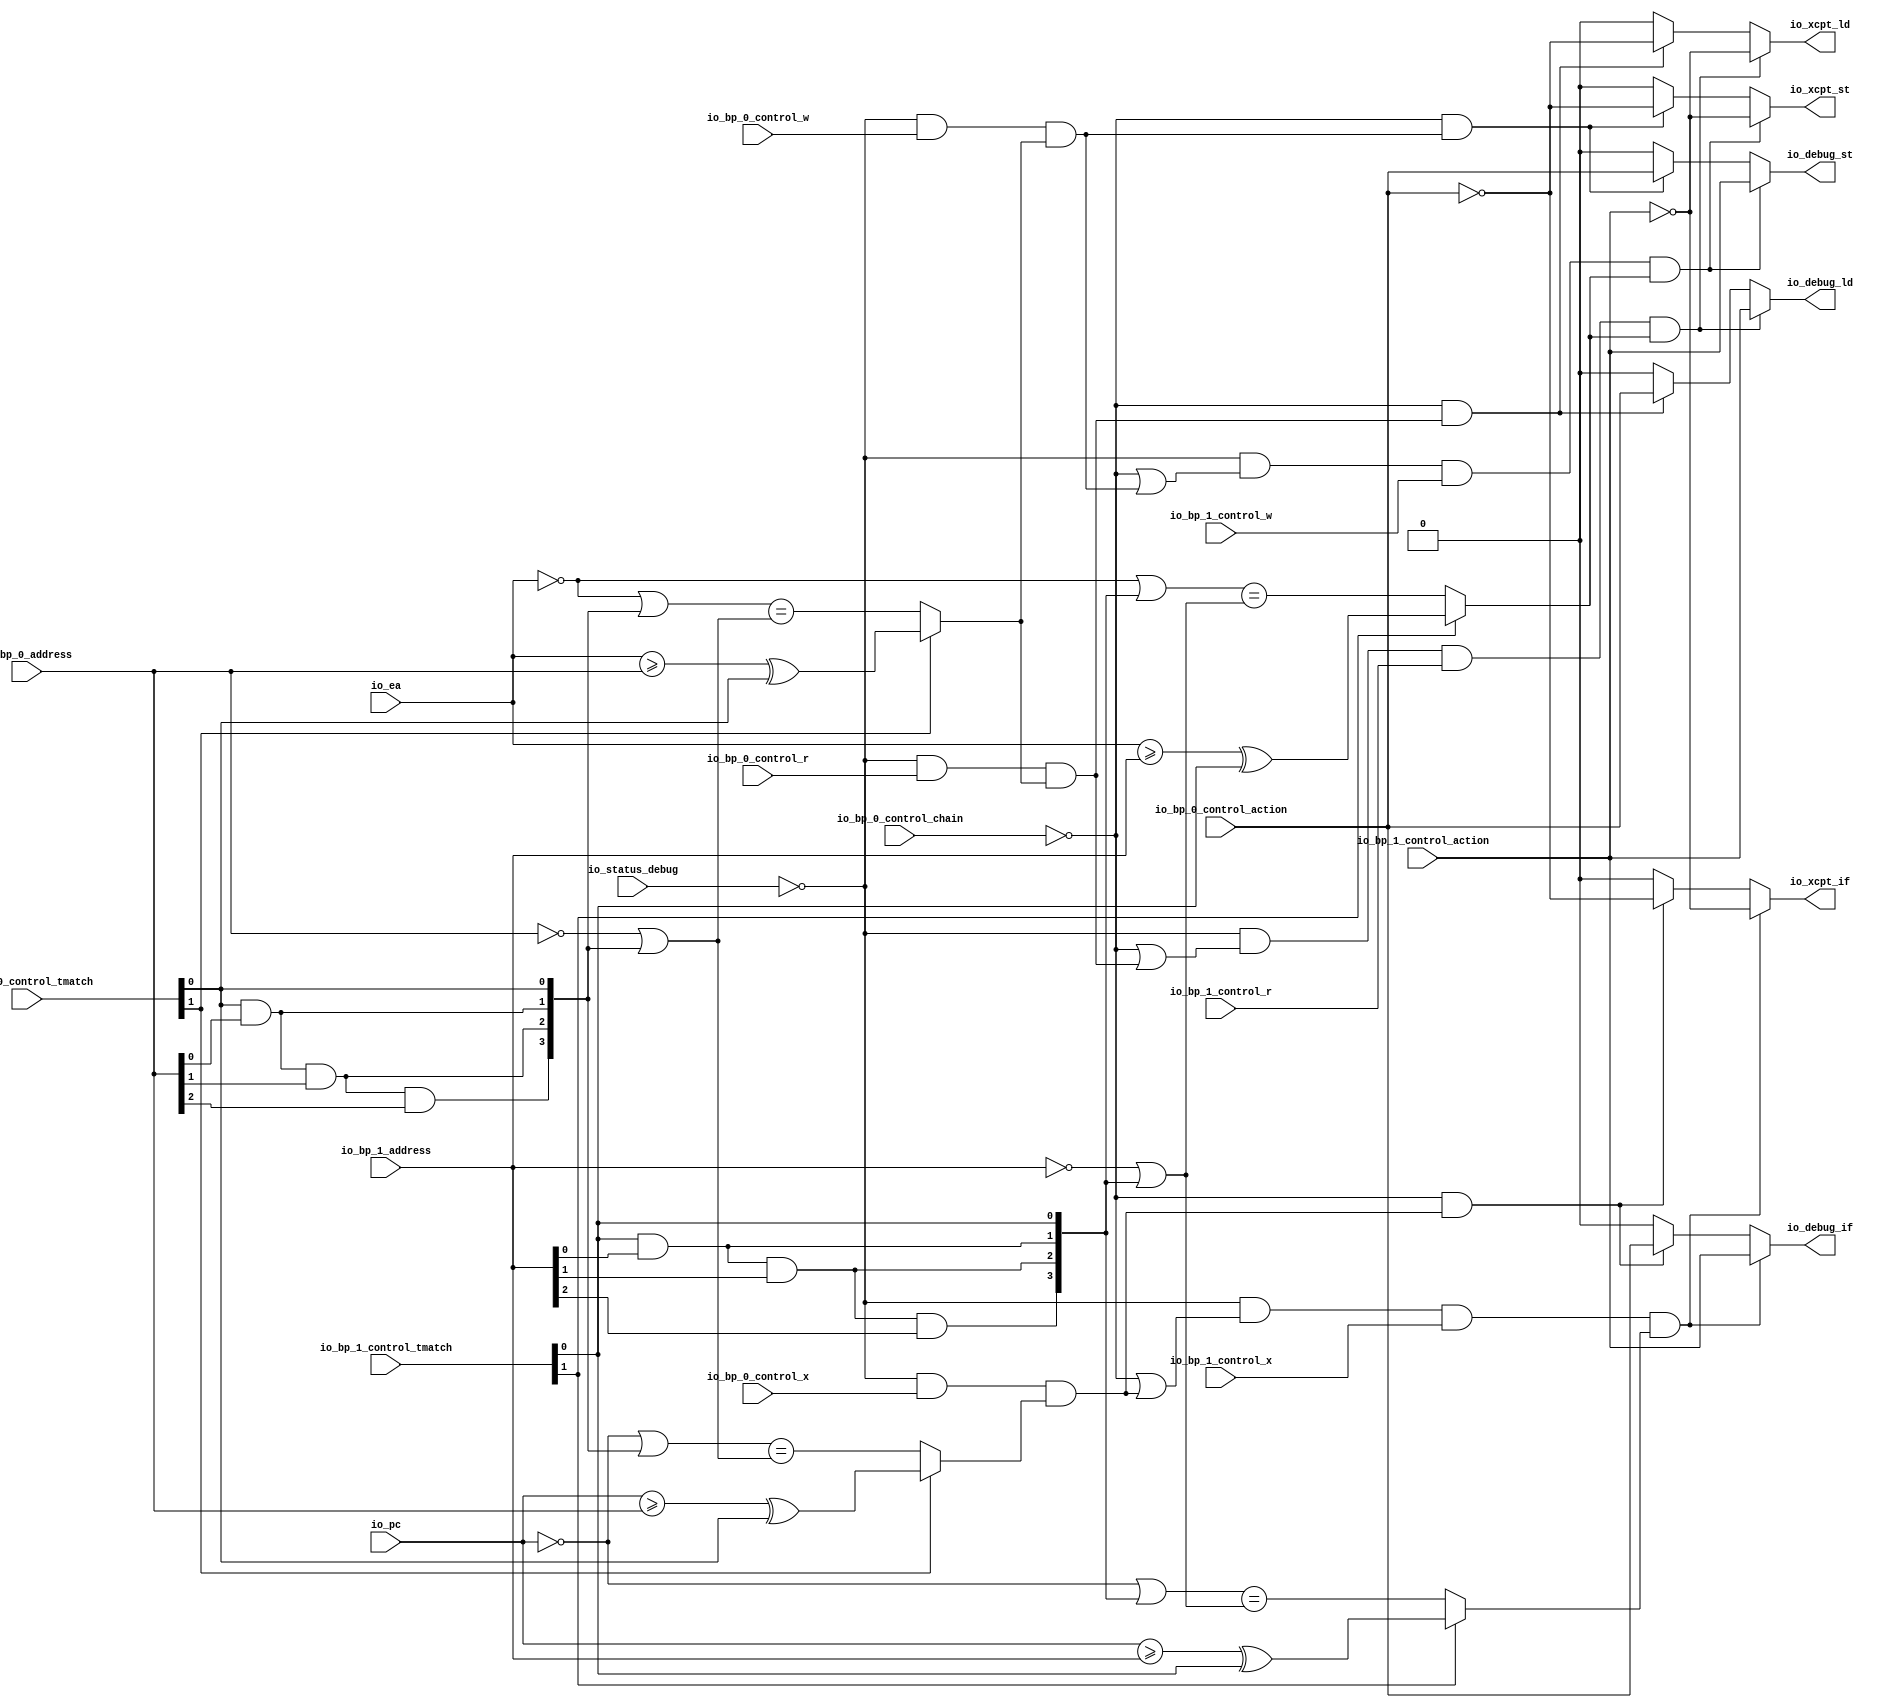
// Copyright (c) 2017, Microsemi Corporation
// All rights reserved.
//
// Redistribution and use in source and binary forms, with or without
// modification, are permitted provided that the following conditions are met:
//     * Redistributions of source code must retain the above copyright
//       notice, this list of conditions and the following disclaimer.
//     * Redistributions in binary form must reproduce the above copyright
//       notice, this list of conditions and the following disclaimer in the
//       documentation and/or other materials provided with the distribution.
//     * Neither the name of the <organization> nor the
//       names of its contributors may be used to endorse or promote products
//       derived from this software without specific prior written permission.
//
// THIS SOFTWARE IS PROVIDED BY THE COPYRIGHT HOLDERS AND CONTRIBUTORS "AS IS" AND
// ANY EXPRESS OR IMPLIED WARRANTIES, INCLUDING, BUT NOT LIMITED TO, THE IMPLIED
// WARRANTIES OF MERCHANTABILITY AND FITNESS FOR A PARTICULAR PURPOSE ARE
// DISCLAIMED. IN NO EVENT SHALL MICROSEMI CORPORATIONM BE LIABLE FOR ANY
// DIRECT, INDIRECT, INCIDENTAL, SPECIAL, EXEMPLARY, OR CONSEQUENTIAL DAMAGES
// (INCLUDING, BUT NOT LIMITED TO, PROCUREMENT OF SUBSTITUTE GOODS OR SERVICES;
// LOSS OF USE, DATA, OR PROFITS; OR BUSINESS INTERRUPTION) HOWEVER CAUSED AND
// ON ANY THEORY OF LIABILITY, WHETHER IN CONTRACT, STRICT LIABILITY, OR TORT
// (INCLUDING NEGLIGENCE OR OTHERWISE) ARISING IN ANY WAY OUT OF THE USE OF THIS
// SOFTWARE, EVEN IF ADVISED OF THE POSSIBILITY OF SUCH DAMAGE.
//
// APACHE LICENSE
// Copyright (c) 2017, Microsemi Corporation 
//
// Licensed under the Apache License, Version 2.0 (the "License");
// you may not use this file except in compliance with the License.
// You may obtain a copy of the License at
//
//    http://www.apache.org/licenses/LICENSE-2.0
//
// Unless required by applicable law or agreed to in writing, software
// distributed under the License is distributed on an "AS IS" BASIS,
// WITHOUT WARRANTIES OR CONDITIONS OF ANY KIND, either express or implied.
// See the License for the specific language governing permissions and
// limitations under the License.
//
// Description:
//
// SVN Revision Information:
// SVN $Revision: $
// SVN $Date: $
//
// Resolved SARs
// SAR      Date     Who   Description
//
// Notes:
//
// ****************************************************************************/
`ifndef RANDOMIZE_REG_INIT 
	 `define RANDOMIZE_REG_INIT 
 `endif
`ifndef RANDOMIZE_MEM_INIT 
	 `define RANDOMIZE_MEM_INIT 
 `endif
`ifndef RANDOMIZE 
	 `define RANDOMIZE 
`endif

`timescale 1ns/10ps
module MiV_Core32_MiV_Core32_0_MIV_RV32IMA_L1_AHB_BREAKPOINT_UNIT( // @[:freechips.rocketchip.system.MivRV32ImaL1AhbConfig.fir@108655.2]
  input         io_status_debug, // @[:freechips.rocketchip.system.MivRV32ImaL1AhbConfig.fir@108658.4]
  input         io_bp_0_control_action, // @[:freechips.rocketchip.system.MivRV32ImaL1AhbConfig.fir@108658.4]
  input         io_bp_0_control_chain, // @[:freechips.rocketchip.system.MivRV32ImaL1AhbConfig.fir@108658.4]
  input  [1:0]  io_bp_0_control_tmatch, // @[:freechips.rocketchip.system.MivRV32ImaL1AhbConfig.fir@108658.4]
  input         io_bp_0_control_x, // @[:freechips.rocketchip.system.MivRV32ImaL1AhbConfig.fir@108658.4]
  input         io_bp_0_control_w, // @[:freechips.rocketchip.system.MivRV32ImaL1AhbConfig.fir@108658.4]
  input         io_bp_0_control_r, // @[:freechips.rocketchip.system.MivRV32ImaL1AhbConfig.fir@108658.4]
  input  [31:0] io_bp_0_address, // @[:freechips.rocketchip.system.MivRV32ImaL1AhbConfig.fir@108658.4]
  input         io_bp_1_control_action, // @[:freechips.rocketchip.system.MivRV32ImaL1AhbConfig.fir@108658.4]
  input  [1:0]  io_bp_1_control_tmatch, // @[:freechips.rocketchip.system.MivRV32ImaL1AhbConfig.fir@108658.4]
  input         io_bp_1_control_x, // @[:freechips.rocketchip.system.MivRV32ImaL1AhbConfig.fir@108658.4]
  input         io_bp_1_control_w, // @[:freechips.rocketchip.system.MivRV32ImaL1AhbConfig.fir@108658.4]
  input         io_bp_1_control_r, // @[:freechips.rocketchip.system.MivRV32ImaL1AhbConfig.fir@108658.4]
  input  [31:0] io_bp_1_address, // @[:freechips.rocketchip.system.MivRV32ImaL1AhbConfig.fir@108658.4]
  input  [31:0] io_pc, // @[:freechips.rocketchip.system.MivRV32ImaL1AhbConfig.fir@108658.4]
  input  [31:0] io_ea, // @[:freechips.rocketchip.system.MivRV32ImaL1AhbConfig.fir@108658.4]
  output        io_xcpt_if, // @[:freechips.rocketchip.system.MivRV32ImaL1AhbConfig.fir@108658.4]
  output        io_xcpt_ld, // @[:freechips.rocketchip.system.MivRV32ImaL1AhbConfig.fir@108658.4]
  output        io_xcpt_st, // @[:freechips.rocketchip.system.MivRV32ImaL1AhbConfig.fir@108658.4]
  output        io_debug_if, // @[:freechips.rocketchip.system.MivRV32ImaL1AhbConfig.fir@108658.4]
  output        io_debug_ld, // @[:freechips.rocketchip.system.MivRV32ImaL1AhbConfig.fir@108658.4]
  output        io_debug_st // @[:freechips.rocketchip.system.MivRV32ImaL1AhbConfig.fir@108658.4]
);
  wire  _T_28; // @[Breakpoint.scala 30:35:freechips.rocketchip.system.MivRV32ImaL1AhbConfig.fir@108669.4]
  wire [3:0] _T_32; // @[Breakpoint.scala 30:68:freechips.rocketchip.system.MivRV32ImaL1AhbConfig.fir@108673.4]
  wire  _T_33; // @[Breakpoint.scala 30:68:freechips.rocketchip.system.MivRV32ImaL1AhbConfig.fir@108674.4]
  wire  _T_34; // @[Breakpoint.scala 30:50:freechips.rocketchip.system.MivRV32ImaL1AhbConfig.fir@108675.4]
  wire  _T_36; // @[Breakpoint.scala 73:22:freechips.rocketchip.system.MivRV32ImaL1AhbConfig.fir@108677.4]
  wire  _T_37; // @[Breakpoint.scala 47:23:freechips.rocketchip.system.MivRV32ImaL1AhbConfig.fir@108678.4]
  wire  _T_38; // @[Breakpoint.scala 44:8:freechips.rocketchip.system.MivRV32ImaL1AhbConfig.fir@108679.4]
  wire  _T_39; // @[Breakpoint.scala 44:36:freechips.rocketchip.system.MivRV32ImaL1AhbConfig.fir@108680.4]
  wire  _T_40; // @[Breakpoint.scala 44:20:freechips.rocketchip.system.MivRV32ImaL1AhbConfig.fir@108681.4]
  wire [31:0] _T_41; // @[Breakpoint.scala 41:6:freechips.rocketchip.system.MivRV32ImaL1AhbConfig.fir@108682.4]
  wire  _T_43; // @[Breakpoint.scala 38:83:freechips.rocketchip.system.MivRV32ImaL1AhbConfig.fir@108684.4]
  wire  _T_44; // @[Breakpoint.scala 38:73:freechips.rocketchip.system.MivRV32ImaL1AhbConfig.fir@108685.4]
  wire  _T_45; // @[Breakpoint.scala 38:83:freechips.rocketchip.system.MivRV32ImaL1AhbConfig.fir@108686.4]
  wire  _T_46; // @[Breakpoint.scala 38:73:freechips.rocketchip.system.MivRV32ImaL1AhbConfig.fir@108687.4]
  wire  _T_47; // @[Breakpoint.scala 38:83:freechips.rocketchip.system.MivRV32ImaL1AhbConfig.fir@108688.4]
  wire  _T_48; // @[Breakpoint.scala 38:73:freechips.rocketchip.system.MivRV32ImaL1AhbConfig.fir@108689.4]
  wire [1:0] _T_49; // @[Cat.scala 30:58:freechips.rocketchip.system.MivRV32ImaL1AhbConfig.fir@108690.4]
  wire [1:0] _T_50; // @[Cat.scala 30:58:freechips.rocketchip.system.MivRV32ImaL1AhbConfig.fir@108691.4]
  wire [3:0] _T_51; // @[Cat.scala 30:58:freechips.rocketchip.system.MivRV32ImaL1AhbConfig.fir@108692.4]
  wire [31:0] _GEN_12; // @[Breakpoint.scala 41:9:freechips.rocketchip.system.MivRV32ImaL1AhbConfig.fir@108693.4]
  wire [31:0] _T_52; // @[Breakpoint.scala 41:9:freechips.rocketchip.system.MivRV32ImaL1AhbConfig.fir@108693.4]
  wire [31:0] _T_53; // @[Breakpoint.scala 41:24:freechips.rocketchip.system.MivRV32ImaL1AhbConfig.fir@108694.4]
  wire [31:0] _T_64; // @[Breakpoint.scala 41:33:freechips.rocketchip.system.MivRV32ImaL1AhbConfig.fir@108705.4]
  wire  _T_65; // @[Breakpoint.scala 41:19:freechips.rocketchip.system.MivRV32ImaL1AhbConfig.fir@108706.4]
  wire  _T_66; // @[Breakpoint.scala 47:8:freechips.rocketchip.system.MivRV32ImaL1AhbConfig.fir@108707.4]
  wire  _T_67; // @[Breakpoint.scala 73:38:freechips.rocketchip.system.MivRV32ImaL1AhbConfig.fir@108708.4]
  wire  _T_69; // @[Breakpoint.scala 74:22:freechips.rocketchip.system.MivRV32ImaL1AhbConfig.fir@108710.4]
  wire  _T_100; // @[Breakpoint.scala 74:38:freechips.rocketchip.system.MivRV32ImaL1AhbConfig.fir@108741.4]
  wire  _T_102; // @[Breakpoint.scala 75:22:freechips.rocketchip.system.MivRV32ImaL1AhbConfig.fir@108743.4]
  wire  _T_104; // @[Breakpoint.scala 44:8:freechips.rocketchip.system.MivRV32ImaL1AhbConfig.fir@108745.4]
  wire  _T_106; // @[Breakpoint.scala 44:20:freechips.rocketchip.system.MivRV32ImaL1AhbConfig.fir@108747.4]
  wire [31:0] _T_107; // @[Breakpoint.scala 41:6:freechips.rocketchip.system.MivRV32ImaL1AhbConfig.fir@108748.4]
  wire [31:0] _T_118; // @[Breakpoint.scala 41:9:freechips.rocketchip.system.MivRV32ImaL1AhbConfig.fir@108759.4]
  wire  _T_131; // @[Breakpoint.scala 41:19:freechips.rocketchip.system.MivRV32ImaL1AhbConfig.fir@108772.4]
  wire  _T_132; // @[Breakpoint.scala 47:8:freechips.rocketchip.system.MivRV32ImaL1AhbConfig.fir@108773.4]
  wire  _T_133; // @[Breakpoint.scala 75:38:freechips.rocketchip.system.MivRV32ImaL1AhbConfig.fir@108774.4]
  wire  _T_135; // @[Breakpoint.scala 76:15:freechips.rocketchip.system.MivRV32ImaL1AhbConfig.fir@108775.4]
  wire  _T_136; // @[Breakpoint.scala 78:15:freechips.rocketchip.system.MivRV32ImaL1AhbConfig.fir@108776.4]
  wire  _T_138; // @[Breakpoint.scala 78:37:freechips.rocketchip.system.MivRV32ImaL1AhbConfig.fir@108778.6]
  wire  _GEN_0; // @[Breakpoint.scala 78:21:freechips.rocketchip.system.MivRV32ImaL1AhbConfig.fir@108777.4]
  wire  _GEN_1; // @[Breakpoint.scala 78:21:freechips.rocketchip.system.MivRV32ImaL1AhbConfig.fir@108777.4]
  wire  _T_139; // @[Breakpoint.scala 79:15:freechips.rocketchip.system.MivRV32ImaL1AhbConfig.fir@108782.4]
  wire  _GEN_2; // @[Breakpoint.scala 79:21:freechips.rocketchip.system.MivRV32ImaL1AhbConfig.fir@108783.4]
  wire  _GEN_3; // @[Breakpoint.scala 79:21:freechips.rocketchip.system.MivRV32ImaL1AhbConfig.fir@108783.4]
  wire  _T_142; // @[Breakpoint.scala 80:15:freechips.rocketchip.system.MivRV32ImaL1AhbConfig.fir@108788.4]
  wire  _GEN_4; // @[Breakpoint.scala 80:21:freechips.rocketchip.system.MivRV32ImaL1AhbConfig.fir@108789.4]
  wire  _GEN_5; // @[Breakpoint.scala 80:21:freechips.rocketchip.system.MivRV32ImaL1AhbConfig.fir@108789.4]
  wire  _T_145; // @[Breakpoint.scala 82:10:freechips.rocketchip.system.MivRV32ImaL1AhbConfig.fir@108794.4]
  wire  _T_146; // @[Breakpoint.scala 82:20:freechips.rocketchip.system.MivRV32ImaL1AhbConfig.fir@108795.4]
  wire  _T_147; // @[Breakpoint.scala 82:30:freechips.rocketchip.system.MivRV32ImaL1AhbConfig.fir@108796.4]
  wire  _T_156; // @[Breakpoint.scala 73:16:freechips.rocketchip.system.MivRV32ImaL1AhbConfig.fir@108804.4]
  wire  _T_157; // @[Breakpoint.scala 73:22:freechips.rocketchip.system.MivRV32ImaL1AhbConfig.fir@108805.4]
  wire  _T_158; // @[Breakpoint.scala 47:23:freechips.rocketchip.system.MivRV32ImaL1AhbConfig.fir@108806.4]
  wire  _T_159; // @[Breakpoint.scala 44:8:freechips.rocketchip.system.MivRV32ImaL1AhbConfig.fir@108807.4]
  wire  _T_160; // @[Breakpoint.scala 44:36:freechips.rocketchip.system.MivRV32ImaL1AhbConfig.fir@108808.4]
  wire  _T_161; // @[Breakpoint.scala 44:20:freechips.rocketchip.system.MivRV32ImaL1AhbConfig.fir@108809.4]
  wire  _T_164; // @[Breakpoint.scala 38:83:freechips.rocketchip.system.MivRV32ImaL1AhbConfig.fir@108812.4]
  wire  _T_165; // @[Breakpoint.scala 38:73:freechips.rocketchip.system.MivRV32ImaL1AhbConfig.fir@108813.4]
  wire  _T_166; // @[Breakpoint.scala 38:83:freechips.rocketchip.system.MivRV32ImaL1AhbConfig.fir@108814.4]
  wire  _T_167; // @[Breakpoint.scala 38:73:freechips.rocketchip.system.MivRV32ImaL1AhbConfig.fir@108815.4]
  wire  _T_168; // @[Breakpoint.scala 38:83:freechips.rocketchip.system.MivRV32ImaL1AhbConfig.fir@108816.4]
  wire  _T_169; // @[Breakpoint.scala 38:73:freechips.rocketchip.system.MivRV32ImaL1AhbConfig.fir@108817.4]
  wire [1:0] _T_170; // @[Cat.scala 30:58:freechips.rocketchip.system.MivRV32ImaL1AhbConfig.fir@108818.4]
  wire [1:0] _T_171; // @[Cat.scala 30:58:freechips.rocketchip.system.MivRV32ImaL1AhbConfig.fir@108819.4]
  wire [3:0] _T_172; // @[Cat.scala 30:58:freechips.rocketchip.system.MivRV32ImaL1AhbConfig.fir@108820.4]
  wire [31:0] _GEN_18; // @[Breakpoint.scala 41:9:freechips.rocketchip.system.MivRV32ImaL1AhbConfig.fir@108821.4]
  wire [31:0] _T_173; // @[Breakpoint.scala 41:9:freechips.rocketchip.system.MivRV32ImaL1AhbConfig.fir@108821.4]
  wire [31:0] _T_174; // @[Breakpoint.scala 41:24:freechips.rocketchip.system.MivRV32ImaL1AhbConfig.fir@108822.4]
  wire [31:0] _T_185; // @[Breakpoint.scala 41:33:freechips.rocketchip.system.MivRV32ImaL1AhbConfig.fir@108833.4]
  wire  _T_186; // @[Breakpoint.scala 41:19:freechips.rocketchip.system.MivRV32ImaL1AhbConfig.fir@108834.4]
  wire  _T_187; // @[Breakpoint.scala 47:8:freechips.rocketchip.system.MivRV32ImaL1AhbConfig.fir@108835.4]
  wire  _T_188; // @[Breakpoint.scala 73:38:freechips.rocketchip.system.MivRV32ImaL1AhbConfig.fir@108836.4]
  wire  _T_189; // @[Breakpoint.scala 74:16:freechips.rocketchip.system.MivRV32ImaL1AhbConfig.fir@108837.4]
  wire  _T_190; // @[Breakpoint.scala 74:22:freechips.rocketchip.system.MivRV32ImaL1AhbConfig.fir@108838.4]
  wire  _T_221; // @[Breakpoint.scala 74:38:freechips.rocketchip.system.MivRV32ImaL1AhbConfig.fir@108869.4]
  wire  _T_222; // @[Breakpoint.scala 75:16:freechips.rocketchip.system.MivRV32ImaL1AhbConfig.fir@108870.4]
  wire  _T_223; // @[Breakpoint.scala 75:22:freechips.rocketchip.system.MivRV32ImaL1AhbConfig.fir@108871.4]
  wire  _T_225; // @[Breakpoint.scala 44:8:freechips.rocketchip.system.MivRV32ImaL1AhbConfig.fir@108873.4]
  wire  _T_227; // @[Breakpoint.scala 44:20:freechips.rocketchip.system.MivRV32ImaL1AhbConfig.fir@108875.4]
  wire [31:0] _T_239; // @[Breakpoint.scala 41:9:freechips.rocketchip.system.MivRV32ImaL1AhbConfig.fir@108887.4]
  wire  _T_252; // @[Breakpoint.scala 41:19:freechips.rocketchip.system.MivRV32ImaL1AhbConfig.fir@108900.4]
  wire  _T_253; // @[Breakpoint.scala 47:8:freechips.rocketchip.system.MivRV32ImaL1AhbConfig.fir@108901.4]
  wire  _T_254; // @[Breakpoint.scala 75:38:freechips.rocketchip.system.MivRV32ImaL1AhbConfig.fir@108902.4]
  wire  _T_259; // @[Breakpoint.scala 78:37:freechips.rocketchip.system.MivRV32ImaL1AhbConfig.fir@108906.6]
  wire  _GEN_6; // @[Breakpoint.scala 78:21:freechips.rocketchip.system.MivRV32ImaL1AhbConfig.fir@108905.4]
  wire  _GEN_7; // @[Breakpoint.scala 78:21:freechips.rocketchip.system.MivRV32ImaL1AhbConfig.fir@108905.4]
  wire  _GEN_8; // @[Breakpoint.scala 79:21:freechips.rocketchip.system.MivRV32ImaL1AhbConfig.fir@108911.4]
  wire  _GEN_9; // @[Breakpoint.scala 79:21:freechips.rocketchip.system.MivRV32ImaL1AhbConfig.fir@108911.4]
  wire  _GEN_10; // @[Breakpoint.scala 80:21:freechips.rocketchip.system.MivRV32ImaL1AhbConfig.fir@108917.4]
  wire  _GEN_11; // @[Breakpoint.scala 80:21:freechips.rocketchip.system.MivRV32ImaL1AhbConfig.fir@108917.4]
  assign _T_28 = io_status_debug == 1'h0; // @[Breakpoint.scala 30:35:freechips.rocketchip.system.MivRV32ImaL1AhbConfig.fir@108669.4]
  assign _T_32 = 4'h8 >> 2'h3; // @[Breakpoint.scala 30:68:freechips.rocketchip.system.MivRV32ImaL1AhbConfig.fir@108673.4]
  assign _T_33 = _T_32[0]; // @[Breakpoint.scala 30:68:freechips.rocketchip.system.MivRV32ImaL1AhbConfig.fir@108674.4]
  assign _T_34 = _T_28 & _T_33; // @[Breakpoint.scala 30:50:freechips.rocketchip.system.MivRV32ImaL1AhbConfig.fir@108675.4]
  assign _T_36 = _T_34 & io_bp_0_control_r; // @[Breakpoint.scala 73:22:freechips.rocketchip.system.MivRV32ImaL1AhbConfig.fir@108677.4]
  assign _T_37 = io_bp_0_control_tmatch[1]; // @[Breakpoint.scala 47:23:freechips.rocketchip.system.MivRV32ImaL1AhbConfig.fir@108678.4]
  assign _T_38 = io_ea >= io_bp_0_address; // @[Breakpoint.scala 44:8:freechips.rocketchip.system.MivRV32ImaL1AhbConfig.fir@108679.4]
  assign _T_39 = io_bp_0_control_tmatch[0]; // @[Breakpoint.scala 44:36:freechips.rocketchip.system.MivRV32ImaL1AhbConfig.fir@108680.4]
  assign _T_40 = _T_38 ^ _T_39; // @[Breakpoint.scala 44:20:freechips.rocketchip.system.MivRV32ImaL1AhbConfig.fir@108681.4]
  assign _T_41 = ~ io_ea; // @[Breakpoint.scala 41:6:freechips.rocketchip.system.MivRV32ImaL1AhbConfig.fir@108682.4]
  assign _T_43 = io_bp_0_address[0]; // @[Breakpoint.scala 38:83:freechips.rocketchip.system.MivRV32ImaL1AhbConfig.fir@108684.4]
  assign _T_44 = _T_39 & _T_43; // @[Breakpoint.scala 38:73:freechips.rocketchip.system.MivRV32ImaL1AhbConfig.fir@108685.4]
  assign _T_45 = io_bp_0_address[1]; // @[Breakpoint.scala 38:83:freechips.rocketchip.system.MivRV32ImaL1AhbConfig.fir@108686.4]
  assign _T_46 = _T_44 & _T_45; // @[Breakpoint.scala 38:73:freechips.rocketchip.system.MivRV32ImaL1AhbConfig.fir@108687.4]
  assign _T_47 = io_bp_0_address[2]; // @[Breakpoint.scala 38:83:freechips.rocketchip.system.MivRV32ImaL1AhbConfig.fir@108688.4]
  assign _T_48 = _T_46 & _T_47; // @[Breakpoint.scala 38:73:freechips.rocketchip.system.MivRV32ImaL1AhbConfig.fir@108689.4]
  assign _T_49 = {_T_44,_T_39}; // @[Cat.scala 30:58:freechips.rocketchip.system.MivRV32ImaL1AhbConfig.fir@108690.4]
  assign _T_50 = {_T_48,_T_46}; // @[Cat.scala 30:58:freechips.rocketchip.system.MivRV32ImaL1AhbConfig.fir@108691.4]
  assign _T_51 = {_T_50,_T_49}; // @[Cat.scala 30:58:freechips.rocketchip.system.MivRV32ImaL1AhbConfig.fir@108692.4]
  assign _GEN_12 = {{28'd0}, _T_51}; // @[Breakpoint.scala 41:9:freechips.rocketchip.system.MivRV32ImaL1AhbConfig.fir@108693.4]
  assign _T_52 = _T_41 | _GEN_12; // @[Breakpoint.scala 41:9:freechips.rocketchip.system.MivRV32ImaL1AhbConfig.fir@108693.4]
  assign _T_53 = ~ io_bp_0_address; // @[Breakpoint.scala 41:24:freechips.rocketchip.system.MivRV32ImaL1AhbConfig.fir@108694.4]
  assign _T_64 = _T_53 | _GEN_12; // @[Breakpoint.scala 41:33:freechips.rocketchip.system.MivRV32ImaL1AhbConfig.fir@108705.4]
  assign _T_65 = _T_52 == _T_64; // @[Breakpoint.scala 41:19:freechips.rocketchip.system.MivRV32ImaL1AhbConfig.fir@108706.4]
  assign _T_66 = _T_37 ? _T_40 : _T_65; // @[Breakpoint.scala 47:8:freechips.rocketchip.system.MivRV32ImaL1AhbConfig.fir@108707.4]
  assign _T_67 = _T_36 & _T_66; // @[Breakpoint.scala 73:38:freechips.rocketchip.system.MivRV32ImaL1AhbConfig.fir@108708.4]
  assign _T_69 = _T_34 & io_bp_0_control_w; // @[Breakpoint.scala 74:22:freechips.rocketchip.system.MivRV32ImaL1AhbConfig.fir@108710.4]
  assign _T_100 = _T_69 & _T_66; // @[Breakpoint.scala 74:38:freechips.rocketchip.system.MivRV32ImaL1AhbConfig.fir@108741.4]
  assign _T_102 = _T_34 & io_bp_0_control_x; // @[Breakpoint.scala 75:22:freechips.rocketchip.system.MivRV32ImaL1AhbConfig.fir@108743.4]
  assign _T_104 = io_pc >= io_bp_0_address; // @[Breakpoint.scala 44:8:freechips.rocketchip.system.MivRV32ImaL1AhbConfig.fir@108745.4]
  assign _T_106 = _T_104 ^ _T_39; // @[Breakpoint.scala 44:20:freechips.rocketchip.system.MivRV32ImaL1AhbConfig.fir@108747.4]
  assign _T_107 = ~ io_pc; // @[Breakpoint.scala 41:6:freechips.rocketchip.system.MivRV32ImaL1AhbConfig.fir@108748.4]
  assign _T_118 = _T_107 | _GEN_12; // @[Breakpoint.scala 41:9:freechips.rocketchip.system.MivRV32ImaL1AhbConfig.fir@108759.4]
  assign _T_131 = _T_118 == _T_64; // @[Breakpoint.scala 41:19:freechips.rocketchip.system.MivRV32ImaL1AhbConfig.fir@108772.4]
  assign _T_132 = _T_37 ? _T_106 : _T_131; // @[Breakpoint.scala 47:8:freechips.rocketchip.system.MivRV32ImaL1AhbConfig.fir@108773.4]
  assign _T_133 = _T_102 & _T_132; // @[Breakpoint.scala 75:38:freechips.rocketchip.system.MivRV32ImaL1AhbConfig.fir@108774.4]
  assign _T_135 = io_bp_0_control_chain == 1'h0; // @[Breakpoint.scala 76:15:freechips.rocketchip.system.MivRV32ImaL1AhbConfig.fir@108775.4]
  assign _T_136 = _T_135 & _T_67; // @[Breakpoint.scala 78:15:freechips.rocketchip.system.MivRV32ImaL1AhbConfig.fir@108776.4]
  assign _T_138 = io_bp_0_control_action == 1'h0; // @[Breakpoint.scala 78:37:freechips.rocketchip.system.MivRV32ImaL1AhbConfig.fir@108778.6]
  assign _GEN_0 = _T_136 ? _T_138 : 1'h0; // @[Breakpoint.scala 78:21:freechips.rocketchip.system.MivRV32ImaL1AhbConfig.fir@108777.4]
  assign _GEN_1 = _T_136 ? io_bp_0_control_action : 1'h0; // @[Breakpoint.scala 78:21:freechips.rocketchip.system.MivRV32ImaL1AhbConfig.fir@108777.4]
  assign _T_139 = _T_135 & _T_100; // @[Breakpoint.scala 79:15:freechips.rocketchip.system.MivRV32ImaL1AhbConfig.fir@108782.4]
  assign _GEN_2 = _T_139 ? _T_138 : 1'h0; // @[Breakpoint.scala 79:21:freechips.rocketchip.system.MivRV32ImaL1AhbConfig.fir@108783.4]
  assign _GEN_3 = _T_139 ? io_bp_0_control_action : 1'h0; // @[Breakpoint.scala 79:21:freechips.rocketchip.system.MivRV32ImaL1AhbConfig.fir@108783.4]
  assign _T_142 = _T_135 & _T_133; // @[Breakpoint.scala 80:15:freechips.rocketchip.system.MivRV32ImaL1AhbConfig.fir@108788.4]
  assign _GEN_4 = _T_142 ? _T_138 : 1'h0; // @[Breakpoint.scala 80:21:freechips.rocketchip.system.MivRV32ImaL1AhbConfig.fir@108789.4]
  assign _GEN_5 = _T_142 ? io_bp_0_control_action : 1'h0; // @[Breakpoint.scala 80:21:freechips.rocketchip.system.MivRV32ImaL1AhbConfig.fir@108789.4]
  assign _T_145 = _T_135 | _T_67; // @[Breakpoint.scala 82:10:freechips.rocketchip.system.MivRV32ImaL1AhbConfig.fir@108794.4]
  assign _T_146 = _T_135 | _T_100; // @[Breakpoint.scala 82:20:freechips.rocketchip.system.MivRV32ImaL1AhbConfig.fir@108795.4]
  assign _T_147 = _T_135 | _T_133; // @[Breakpoint.scala 82:30:freechips.rocketchip.system.MivRV32ImaL1AhbConfig.fir@108796.4]
  assign _T_156 = _T_34 & _T_145; // @[Breakpoint.scala 73:16:freechips.rocketchip.system.MivRV32ImaL1AhbConfig.fir@108804.4]
  assign _T_157 = _T_156 & io_bp_1_control_r; // @[Breakpoint.scala 73:22:freechips.rocketchip.system.MivRV32ImaL1AhbConfig.fir@108805.4]
  assign _T_158 = io_bp_1_control_tmatch[1]; // @[Breakpoint.scala 47:23:freechips.rocketchip.system.MivRV32ImaL1AhbConfig.fir@108806.4]
  assign _T_159 = io_ea >= io_bp_1_address; // @[Breakpoint.scala 44:8:freechips.rocketchip.system.MivRV32ImaL1AhbConfig.fir@108807.4]
  assign _T_160 = io_bp_1_control_tmatch[0]; // @[Breakpoint.scala 44:36:freechips.rocketchip.system.MivRV32ImaL1AhbConfig.fir@108808.4]
  assign _T_161 = _T_159 ^ _T_160; // @[Breakpoint.scala 44:20:freechips.rocketchip.system.MivRV32ImaL1AhbConfig.fir@108809.4]
  assign _T_164 = io_bp_1_address[0]; // @[Breakpoint.scala 38:83:freechips.rocketchip.system.MivRV32ImaL1AhbConfig.fir@108812.4]
  assign _T_165 = _T_160 & _T_164; // @[Breakpoint.scala 38:73:freechips.rocketchip.system.MivRV32ImaL1AhbConfig.fir@108813.4]
  assign _T_166 = io_bp_1_address[1]; // @[Breakpoint.scala 38:83:freechips.rocketchip.system.MivRV32ImaL1AhbConfig.fir@108814.4]
  assign _T_167 = _T_165 & _T_166; // @[Breakpoint.scala 38:73:freechips.rocketchip.system.MivRV32ImaL1AhbConfig.fir@108815.4]
  assign _T_168 = io_bp_1_address[2]; // @[Breakpoint.scala 38:83:freechips.rocketchip.system.MivRV32ImaL1AhbConfig.fir@108816.4]
  assign _T_169 = _T_167 & _T_168; // @[Breakpoint.scala 38:73:freechips.rocketchip.system.MivRV32ImaL1AhbConfig.fir@108817.4]
  assign _T_170 = {_T_165,_T_160}; // @[Cat.scala 30:58:freechips.rocketchip.system.MivRV32ImaL1AhbConfig.fir@108818.4]
  assign _T_171 = {_T_169,_T_167}; // @[Cat.scala 30:58:freechips.rocketchip.system.MivRV32ImaL1AhbConfig.fir@108819.4]
  assign _T_172 = {_T_171,_T_170}; // @[Cat.scala 30:58:freechips.rocketchip.system.MivRV32ImaL1AhbConfig.fir@108820.4]
  assign _GEN_18 = {{28'd0}, _T_172}; // @[Breakpoint.scala 41:9:freechips.rocketchip.system.MivRV32ImaL1AhbConfig.fir@108821.4]
  assign _T_173 = _T_41 | _GEN_18; // @[Breakpoint.scala 41:9:freechips.rocketchip.system.MivRV32ImaL1AhbConfig.fir@108821.4]
  assign _T_174 = ~ io_bp_1_address; // @[Breakpoint.scala 41:24:freechips.rocketchip.system.MivRV32ImaL1AhbConfig.fir@108822.4]
  assign _T_185 = _T_174 | _GEN_18; // @[Breakpoint.scala 41:33:freechips.rocketchip.system.MivRV32ImaL1AhbConfig.fir@108833.4]
  assign _T_186 = _T_173 == _T_185; // @[Breakpoint.scala 41:19:freechips.rocketchip.system.MivRV32ImaL1AhbConfig.fir@108834.4]
  assign _T_187 = _T_158 ? _T_161 : _T_186; // @[Breakpoint.scala 47:8:freechips.rocketchip.system.MivRV32ImaL1AhbConfig.fir@108835.4]
  assign _T_188 = _T_157 & _T_187; // @[Breakpoint.scala 73:38:freechips.rocketchip.system.MivRV32ImaL1AhbConfig.fir@108836.4]
  assign _T_189 = _T_34 & _T_146; // @[Breakpoint.scala 74:16:freechips.rocketchip.system.MivRV32ImaL1AhbConfig.fir@108837.4]
  assign _T_190 = _T_189 & io_bp_1_control_w; // @[Breakpoint.scala 74:22:freechips.rocketchip.system.MivRV32ImaL1AhbConfig.fir@108838.4]
  assign _T_221 = _T_190 & _T_187; // @[Breakpoint.scala 74:38:freechips.rocketchip.system.MivRV32ImaL1AhbConfig.fir@108869.4]
  assign _T_222 = _T_34 & _T_147; // @[Breakpoint.scala 75:16:freechips.rocketchip.system.MivRV32ImaL1AhbConfig.fir@108870.4]
  assign _T_223 = _T_222 & io_bp_1_control_x; // @[Breakpoint.scala 75:22:freechips.rocketchip.system.MivRV32ImaL1AhbConfig.fir@108871.4]
  assign _T_225 = io_pc >= io_bp_1_address; // @[Breakpoint.scala 44:8:freechips.rocketchip.system.MivRV32ImaL1AhbConfig.fir@108873.4]
  assign _T_227 = _T_225 ^ _T_160; // @[Breakpoint.scala 44:20:freechips.rocketchip.system.MivRV32ImaL1AhbConfig.fir@108875.4]
  assign _T_239 = _T_107 | _GEN_18; // @[Breakpoint.scala 41:9:freechips.rocketchip.system.MivRV32ImaL1AhbConfig.fir@108887.4]
  assign _T_252 = _T_239 == _T_185; // @[Breakpoint.scala 41:19:freechips.rocketchip.system.MivRV32ImaL1AhbConfig.fir@108900.4]
  assign _T_253 = _T_158 ? _T_227 : _T_252; // @[Breakpoint.scala 47:8:freechips.rocketchip.system.MivRV32ImaL1AhbConfig.fir@108901.4]
  assign _T_254 = _T_223 & _T_253; // @[Breakpoint.scala 75:38:freechips.rocketchip.system.MivRV32ImaL1AhbConfig.fir@108902.4]
  assign _T_259 = io_bp_1_control_action == 1'h0; // @[Breakpoint.scala 78:37:freechips.rocketchip.system.MivRV32ImaL1AhbConfig.fir@108906.6]
  assign _GEN_6 = _T_188 ? _T_259 : _GEN_0; // @[Breakpoint.scala 78:21:freechips.rocketchip.system.MivRV32ImaL1AhbConfig.fir@108905.4]
  assign _GEN_7 = _T_188 ? io_bp_1_control_action : _GEN_1; // @[Breakpoint.scala 78:21:freechips.rocketchip.system.MivRV32ImaL1AhbConfig.fir@108905.4]
  assign _GEN_8 = _T_221 ? _T_259 : _GEN_2; // @[Breakpoint.scala 79:21:freechips.rocketchip.system.MivRV32ImaL1AhbConfig.fir@108911.4]
  assign _GEN_9 = _T_221 ? io_bp_1_control_action : _GEN_3; // @[Breakpoint.scala 79:21:freechips.rocketchip.system.MivRV32ImaL1AhbConfig.fir@108911.4]
  assign _GEN_10 = _T_254 ? _T_259 : _GEN_4; // @[Breakpoint.scala 80:21:freechips.rocketchip.system.MivRV32ImaL1AhbConfig.fir@108917.4]
  assign _GEN_11 = _T_254 ? io_bp_1_control_action : _GEN_5; // @[Breakpoint.scala 80:21:freechips.rocketchip.system.MivRV32ImaL1AhbConfig.fir@108917.4]
  assign io_xcpt_if = _GEN_10;
  assign io_xcpt_ld = _GEN_6;
  assign io_xcpt_st = _GEN_8;
  assign io_debug_if = _GEN_11;
  assign io_debug_ld = _GEN_7;
  assign io_debug_st = _GEN_9;
endmodule